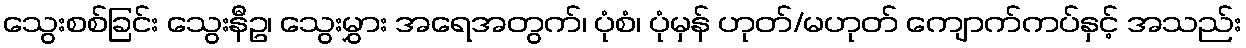
သွေးစစ်ခြင်း သွေးနီဥ၊ သွေးမွှား အရေအတွက်၊ ပုံစံ၊ ပုံမှန် ဟုတ်/မဟုတ် ကျောက်ကပ်နှင့် အသည်း